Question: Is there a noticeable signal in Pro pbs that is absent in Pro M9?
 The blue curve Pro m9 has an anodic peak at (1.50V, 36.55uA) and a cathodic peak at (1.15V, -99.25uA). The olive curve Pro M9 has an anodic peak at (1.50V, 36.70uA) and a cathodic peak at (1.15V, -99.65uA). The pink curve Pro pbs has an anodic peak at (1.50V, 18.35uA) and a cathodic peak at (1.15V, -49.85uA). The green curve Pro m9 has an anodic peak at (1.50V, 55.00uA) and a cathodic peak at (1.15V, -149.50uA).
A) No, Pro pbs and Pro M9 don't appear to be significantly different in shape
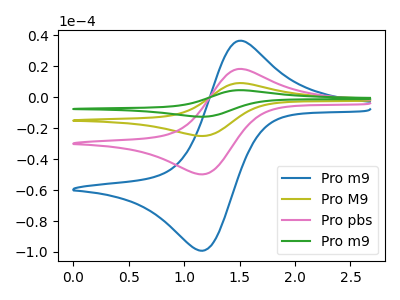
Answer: <think>All the peaks in "Pro pbs" have a peak in "Pro M9" at the same potential. Every peak in "Pro pbs" is lower than every peak in "Pro M9".
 </think>
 <answer>A) No, "Pro pbs" and "Pro M9" don't appear to be significantly different in shape</answer>
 <eval>A</eval>